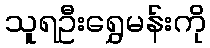
သူရဦးရွှေမန်းကို